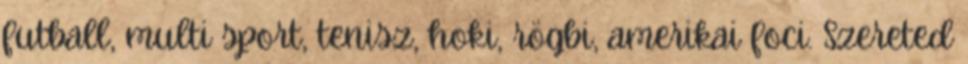
futball, multi sport, tenisz, hoki, rögbi, amerikai foci. Szereted